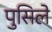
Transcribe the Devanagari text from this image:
पुसिले